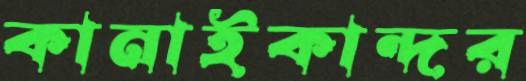
কানাইকান্দর